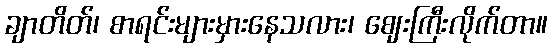
ချာတိတ်၊ စာရင်းများမှားနေသလား၊ ဈေးကြီးလိုက်တာ။